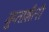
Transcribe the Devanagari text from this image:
गुप्ताशैली